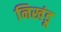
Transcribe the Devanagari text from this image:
निखंडू